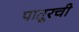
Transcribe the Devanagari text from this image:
पातूरची